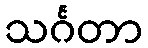
သင်္ဂတာ